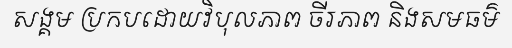
សង្គម ប្រកបដោយវិបុលភាព ចីរភាព និងសមធម៌